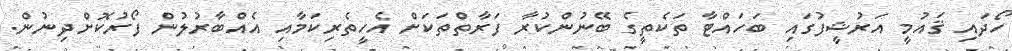
ހޯދައި ޤައުމީ އަރުޝީފުގައި ބަހައްޓާ ތަކެތީގެ ބޭނުންކުރާ ފަރާތްތަކަށް އެހީތެރިކަމާއި އެއްބާރުލުން ފޯރުކޮށްދިނުން.